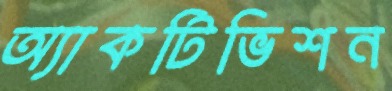
অ্যাকটিভিশন